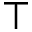
\top